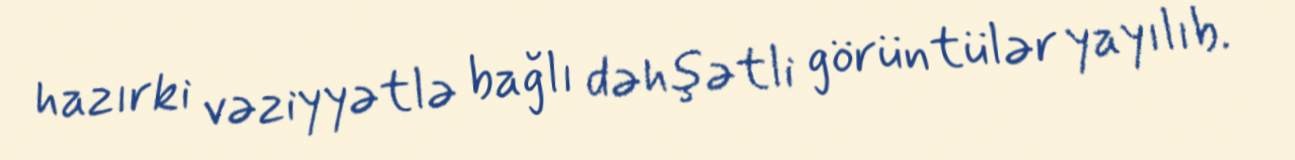
hazırki vəziyyətlə bağlı dəhşətli görüntülər yayılıb.